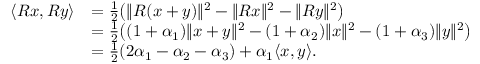
\begin{array} { r l } { \langle R x , R y \rangle } & { = \frac { 1 } { 2 } \big ( \| R ( x + y ) \| ^ { 2 } - \| R x \| ^ { 2 } - \| R y \| ^ { 2 } \big ) } \\ & { = \frac { 1 } { 2 } \big ( ( 1 + \alpha _ { 1 } ) \| x + y \| ^ { 2 } - ( 1 + \alpha _ { 2 } ) \| x \| ^ { 2 } - ( 1 + \alpha _ { 3 } ) \| y \| ^ { 2 } \big ) } \\ & { = \frac { 1 } { 2 } ( 2 \alpha _ { 1 } - \alpha _ { 2 } - \alpha _ { 3 } ) + \alpha _ { 1 } \langle x , y \rangle . } \end{array}